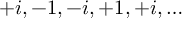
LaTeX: \, + i , - 1 , - i , + 1 , + i , \ldots